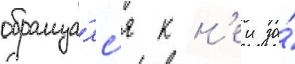
обраща́лс'я к н'еи за́